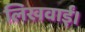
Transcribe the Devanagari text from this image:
लिखवाईं।